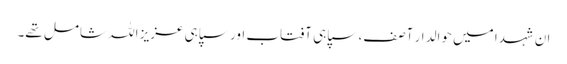
ان شہدا میں حوالدار آصف، سپاہی آفتاب اور سپاہی عزیز اللہ شامل تھے۔